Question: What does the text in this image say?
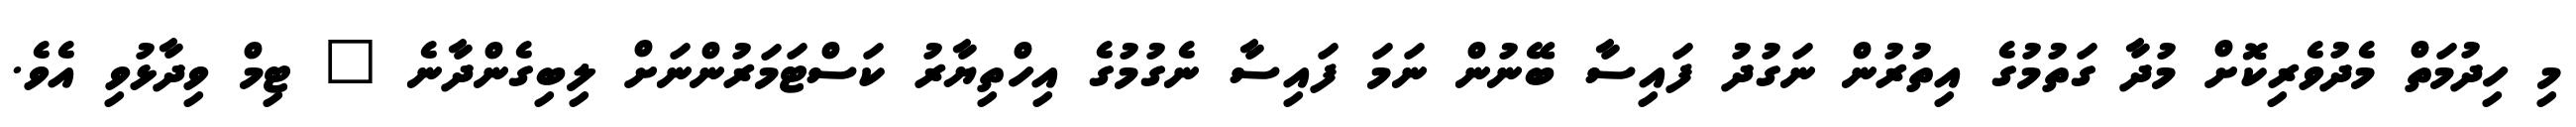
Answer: މި ހިދުމަތް މެދުވެރިކޮށް މުދާ ގަތުމުގެ އިތުރުން ނަގުދު ފައިސާ ބޭނުން ނަމަ ފައިސާ ނެގުމުގެ އިހްތިޔާރު ކަސްޓަމަރުންނަށް ލިބިގެންދާނެ " ޓިމް ވިދާޅުވި އެވެ.